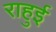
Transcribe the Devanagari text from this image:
राहुई